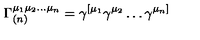
\Gamma _ { ( n ) } ^ { \mu _ { 1 } \mu _ { 2 } \ldots \mu _ { n } } = \gamma ^ { [ \mu _ { 1 } } \gamma ^ { \mu _ { 2 } } \ldots \gamma ^ { \mu _ { n } ] }